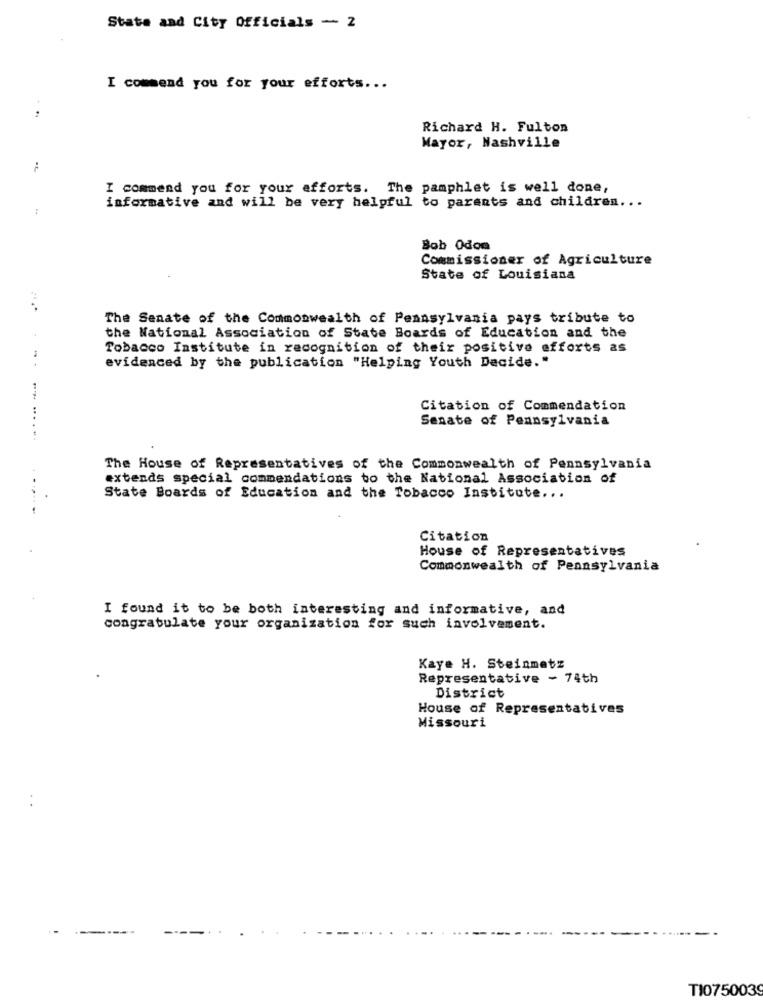
State and City Officials - 2
I commend you for your efforts ...
Richard H. Fulton
Mayor, Nashville
I commend you for your efforts. The pamphlet is well done,
informative and will be very helpful to parents and children ...
Bob Odos
Commissioner of Agriculture
State of Louisiana
The Senate of the Commonwealth of Pennsylvania pays tribute to
the National Association of State Boards of Education and the
Tobacco Institute in recognition of their positive efforts as
evidenced by the publication "Helping Youth Decide."
Citation of Commendation
Senate of Pennsylvania
The House of Representatives of the Commonwealth of Pennsylvania
extends special commendations to the National Association of
State Boards of Education and the Tobacco Institute ...
Citation
House of Representatives
Commonwealth of Pennsylvania
I found it to be both interesting and informative, and
congratulate your organization for such involvement.
Kaye H. Steinmetz
Representative - 74th
District
House of Representatives
Missouri
------
TI0750039